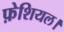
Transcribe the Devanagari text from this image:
फ़ेशियल।